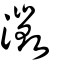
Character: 澂